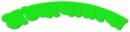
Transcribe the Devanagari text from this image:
अध्यायातल्या